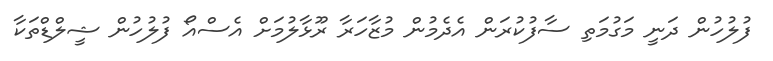
ފުލުހުން ދަނީ މަގުމަތި ސާފުކުރަން އެދެމުން މުޒާހަރާ ރޫޅާލުމަށް އެސްއޯ ފުލުހުން ޝީލްޑްތަކާ